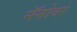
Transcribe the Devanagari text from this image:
नॅनोवर